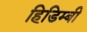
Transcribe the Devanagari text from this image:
हिडिम्बी